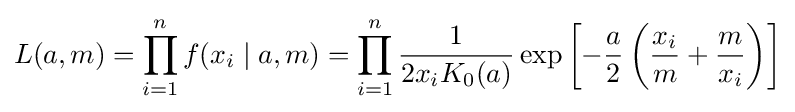
L(a,m)=\prod _{i=1}^{n}f(x_{i}\mid a,m)=\prod _{i=1}^{n}{\frac {1}{2x_{i}K_{0}(a)}}\exp \left[-{\frac {a}{2}}\left({\frac {x_{i}}{m}}+{\frac {m}{x_{i}}}\right)\right]